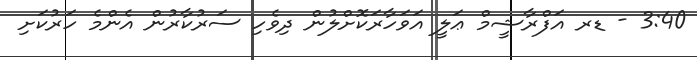
3:40 - ޑރ އަފްރާޝީމް ޢަލީ އަވަހާރަކޮށްލުން ދިވެހި ސަރުކާރުން އެންމެ ހަރުކަށި